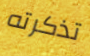
تذكرته